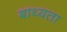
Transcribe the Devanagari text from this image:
बाध्‍यता